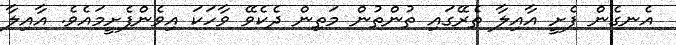
އެނގެން ފެށީ އާއިލާ ތެރޭގައި ތުންތުން މަތިން ދެކެވޭ ވާހަކަ އިވެންފެށީމައެވެ. އާއިލާ